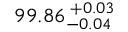
9 9 . 8 6 _ { - 0 . 0 4 } ^ { ~ \! + 0 . 0 3 }